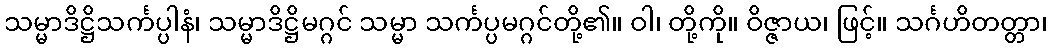
သမ္မာဒိဋ္ဌိသင်္ကပ္ပါနံ၊ သမ္မာဒိဋ္ဌိမဂ္ဂင် သမ္မာ သင်္ကပ္ပမဂ္ဂင်တို့၏။ ဝါ၊ တို့ကို။ ဝိဇ္ဇာယ၊ ဖြင့်။ သင်္ဂဟိတတ္တာ၊